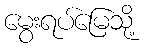
မွေးရပ်မြေသို့